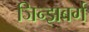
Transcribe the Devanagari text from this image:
जिन्झबर्ग